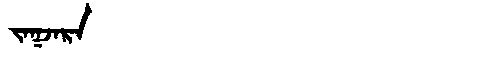
Manchu: ᠵᠠᡴᠵᠠᡵᠠ
Romanization: JAKJARA